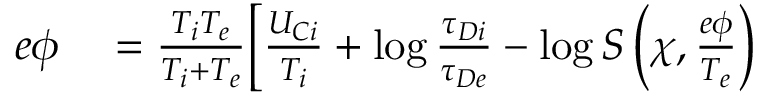
\begin{array} { r l } { e \phi } & { { } = \frac { T _ { i } T _ { e } } { T _ { i } + T _ { e } } \biggl [ \frac { U _ { C i } } { T _ { i } } + \log \frac { \tau _ { D i } } { \tau _ { D e } } - \log S \left( \chi , \frac { e \phi } { T _ { e } } \right) } \end{array}